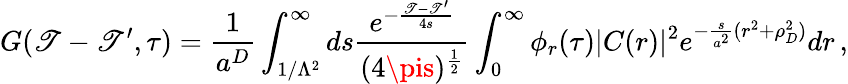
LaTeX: G(\mathscr{T}-\mathscr{T}^{\prime},\tau)=\frac{{1}}{{a^{D}}}\int_{1/\Lambda^{2}}^{\infty}ds\frac{{e^{-\frac{{\mathscr{T}-\mathscr{T}^{\prime}}}{{4s}}}}}{{(4\pis)^{\frac{{1}}{{2}}}}}\int_{0}^{\infty}\phi_{r}(\tau)|C(r)|^{2}e^{-\frac{{s}}{{a^{2}}}(r^{2}+\rho_{D}^{2})}dr\, ,